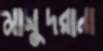
মাসুদরানা